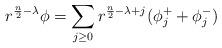
LaTeX: \begin{align*} r^{\frac n2-\lambda}\phi=\sum_{j\geq 0}r^{\frac n2-\lambda+j}(\phi^+_j+\phi_j^-) \end{align*}